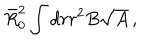
\bar { R } _ { 0 } ^ { 2 } \int d r r ^ { 2 } B \sqrt { A } \, ,